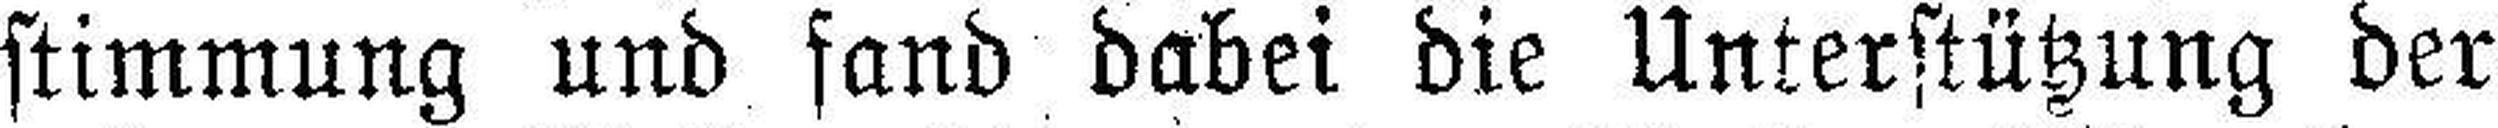
stimmung und fand dabei die Unterstützung der